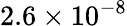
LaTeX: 2.6\times 10^{-8}